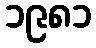
၁၉၈၁